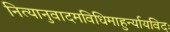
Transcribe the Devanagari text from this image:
नित्यानुवादमविधिमाहुर्न्यायविदः